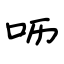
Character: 呖